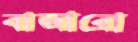
বাজারো